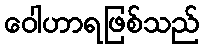
ဝေါဟာရဖြစ်သည်